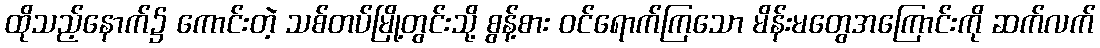
ထိုသည့်နောက်၌ ကောင်းတဲ့ သစ်တပ်မြို့တွင်းသို့ စွန့်စား ဝင်ရောက်ကြသော မိန်းမတွေအကြောင်းကို ဆက်လက်